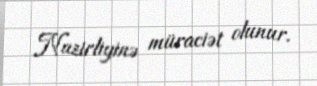
Nazirliyinə müraciət olunur.